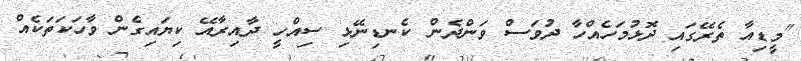
"މީޑިއާ ތެރޭގައި ދޮޅުމަހެއްހާ ދުވަސް ވަންދެން ކެނޑިނޭޅި ސިއްހީ ދާއިރާއޭ ކިޔައިގެން ވާހަކަތަކެއް